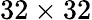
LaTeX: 32\times 32